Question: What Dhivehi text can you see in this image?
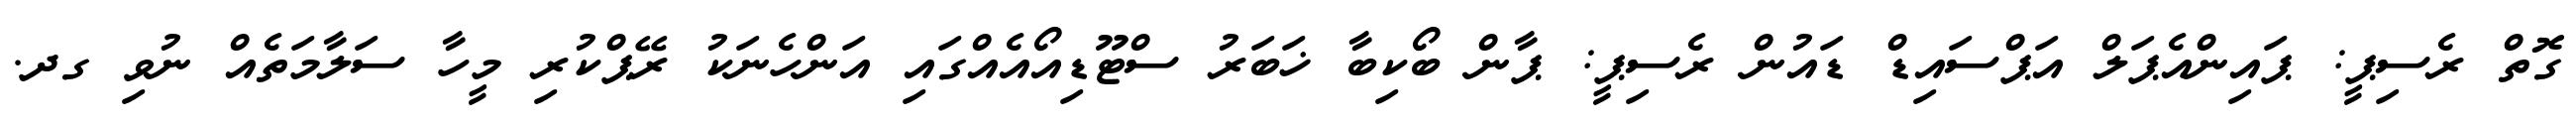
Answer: ގޮތް ރެސިޕީ: ޕައިންއެޕަލް އަޕްސައިޑް ޑައުން ރެސިޕީ: ޕާން ބޯކިބާ ޚަބަރު ސްޓޫޑިއޯއެއްގައި އަންހެނަކު ރޭޕްކުރި މީހާ ސަލާމަތެއް ނުވި ގދ.